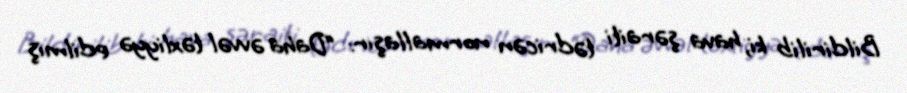
Bildirilib ki, hava şəraiti tədricən normallaşır: “Daha əvvəl təxliyyə edilmiş